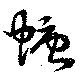
螗